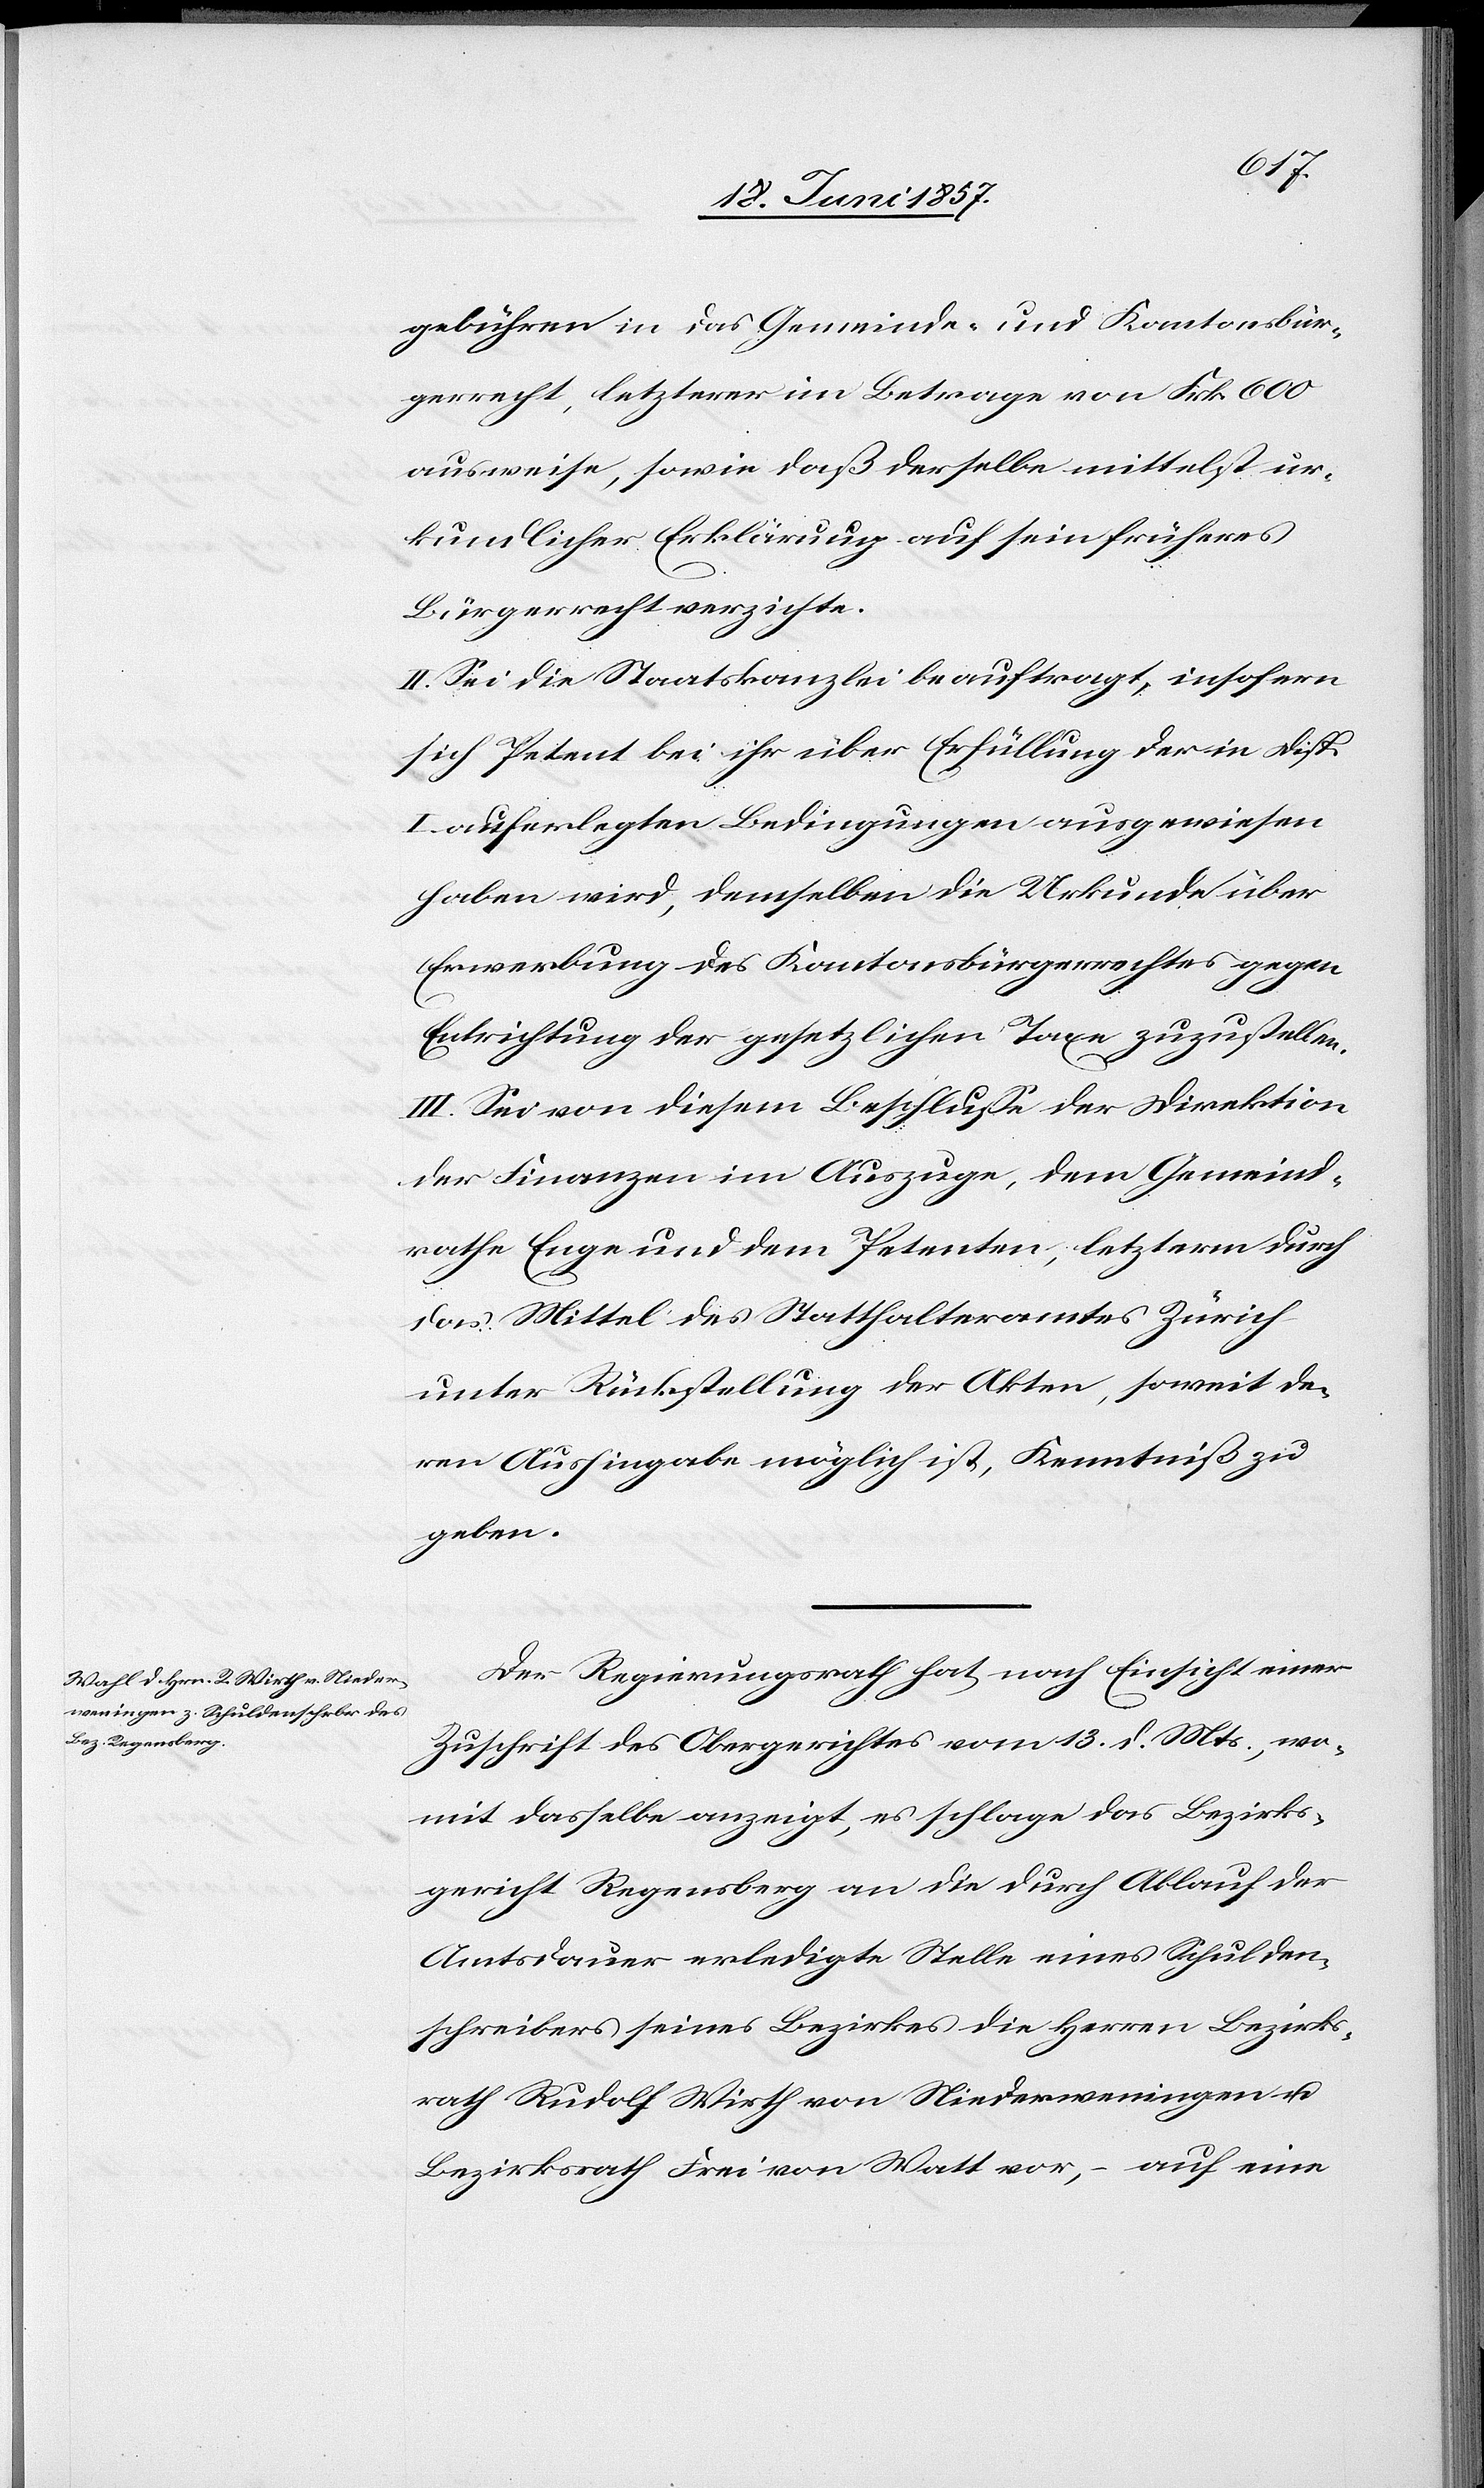
gebühren in das Gemeinde- und Kantonsbür¬
gerrecht, letzterer im Betrage von Frk. 600
ausweise, sowie daß derselbe mittelst ur¬
kundlicher Erklärung auf sein früheres
Bürgerrecht verzichte.
II. Sei die Staatskanzlei beauftragt, insofern
sich Petent bei ihr über Erfüllung der in Disp.
I auferlegten Bedingungen ausgewiesen
haben wird, demselben die Urkunde über
Erwerbung des Kantonsbürgerrechtes gegen
Entrichtung der gesetzlichen Taxe zuzustellen.
III. Sei von diesem Beschlusse der Direktion
der Finanzen im Auszuge, dem Gemeind¬
rathe Enge und dem Petenten, letzterm durch
das Mittel des Statthalteramtes Zürich
unter Rückstellung der Akten, soweit de¬
ren Aushingabe möglich ist, Kenntniß zu
geben.
Der Regierungsrath hat nach Einsicht einer
Zuschrift des Obergerichtes vom 13 d. Mts., wo¬
mit dasselbe anzeigt, es schlage das Bezirks¬
gericht Regensberg an die durch Ablauf der
Amtsdauer erledigte Stelle eines Schulden¬
schreibers seines Bezirkes die Herren Bezirks¬
rath Rudolf Wirth von Niederweningen &
Bezirksrath Frei von Watt vor, – auf eine